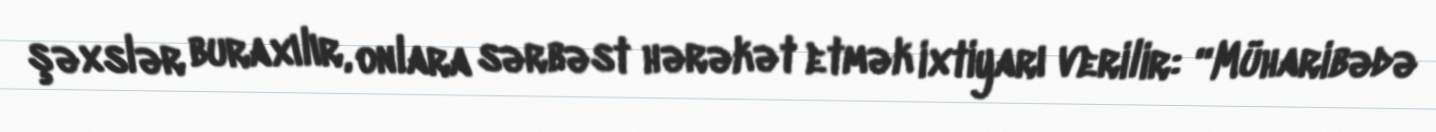
şəxslər buraxılır, onlara sərbəst hərəkət etmək ixtiyarı verilir: “Müharibədə